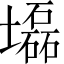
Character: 𡓃